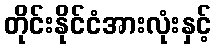
တိုင်းနိုင်ငံအားလုံးနှင့်